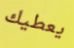
يعطيك